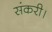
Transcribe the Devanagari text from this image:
संकरी।